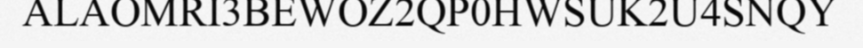
ALAOMRI3BEWOZ2QP0HWSUK2U4SNQY